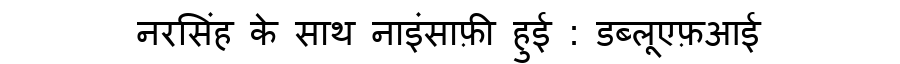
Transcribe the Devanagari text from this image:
नरसिंह के साथ नाइंसाफ़ी हुई : डब्लूएफ़आई